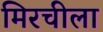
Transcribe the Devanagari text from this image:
मिरचीला